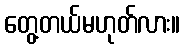
တွေ့တယ်မဟုတ်လား။